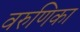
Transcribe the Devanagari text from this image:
वरुणिका